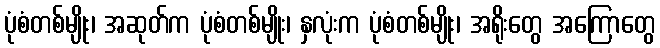
ပုံစံတစ်မျိုး၊ အဆုတ်က ပုံစံတစ်မျိုး၊ နှလုံးက ပုံစံတစ်မျိုး၊ အရိုးတွေ အကြောတွေ